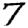
Digit: 7